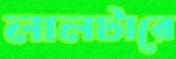
লালটারে